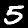
Digit: 5